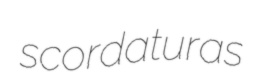
scordaturas